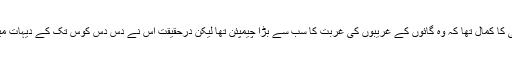
اور کیوں نہ سمجھتا، یہ اسی کا کمال تھا کہ وہ گائوں کے غریبوں کی غربت کا سب سے بڑا چیمپئن تھا لیکن درحقیقت اس نے دس دس کوس تک کے دیہات میں زمینیں خرید رکھی تھیں۔